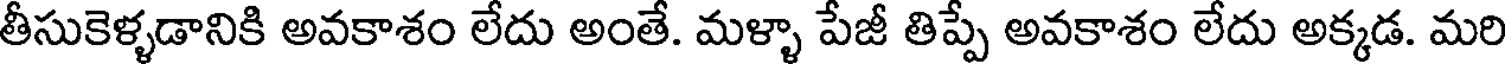
తీసుకెళ్ళడానికి అవకాశం లేదు అంతే. మళ్ళా పేజీ తిప్పే అవకాశం లేదు అక్కడ. మరి